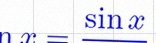
\sin x